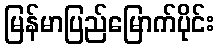
မြန်မာပြည်မြောက်ပိုင်း